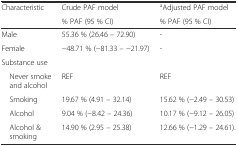
<table><thead><tr><td rowspan="2"><b>Characteristic</b></td><td><b>Crude PAF model</b></td><td><b><sup>a</sup>Adjusted PAF model</b></td></tr><tr><td><b>% PAF (95 % CI)</b></td><td><b>% PAF (95 % CI)</b></td></tr></thead><tbody><tr><td>Male</td><td>55.36 % (26.46 – 72.90)</td><td>-</td></tr><tr><td>Female</td><td>−48.71 % (−81.33 – −21.97)</td><td>-</td></tr><tr><td>Substance use</td><td></td><td></td></tr><tr><td> Never smoke and alcohol</td><td>REF</td><td>REF</td></tr><tr><td> Smoking</td><td>19.67 % (4.91 – 32.14)</td><td>15.62 % (−2.49 – 30.53)</td></tr><tr><td> Alcohol</td><td>9.04 % (−8.42 – 24.36)</td><td>10.17 % (−9.12 – 26.05)</td></tr><tr><td> Alcohol &amp; smoking</td><td>14.90 % (2.95 – 25.38)</td><td>12.66 % (−1.29 – 24.61).</td></tr></tbody></table>